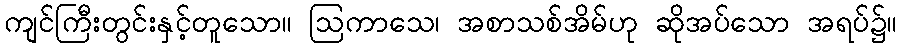
ကျင်ကြီးတွင်းနှင့်တူသော။ ဩကာသေ၊ အစာသစ်အိမ်ဟု ဆိုအပ်သော အရပ်၌။